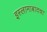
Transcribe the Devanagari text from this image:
इस्लामाबादचा